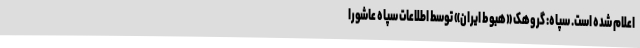
اعلام شده است. سپاه: گروهک «هبوط ایران» توسط اطلاعات سپاه عاشورا